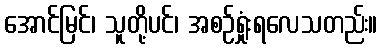
အောင်မြင်၊ သူတို့ပင်၊ အစဉ်ရှုံးရလေသတည်း။